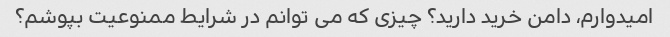
امیدوارم، دامن خرید دارید؟ چیزی که می توانم در شرایط ممنوعیت بپوشم؟